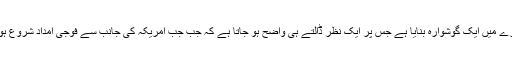
سینٹر فار گلوبل ڈیویلپمنٹ نے پاکستان کو ملنے والی امریکی امداد کے بارے میں ایک گوشوارہ بنایا ہے جس پر ایک نظر ڈالتے ہی واضح ہو جاتا ہے کہ جب جب امریکہ کی جانب سے فوجی امداد شروع ہوئی، پاکستان کے لیے امریکی سویلین امداد بھی اس عرصے میں بڑھ گئی۔